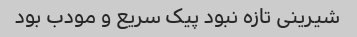
شیرینی تازه نبود پیک سریع و مودب بود